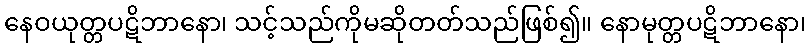
နေဝယုတ္တပဋိဘာနော၊ သင့်သည်ကိုမဆိုတတ်သည်ဖြစ်၍။ နောမုတ္တပဋိဘာနော၊